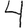
Digit: 4